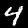
Label: 4